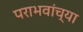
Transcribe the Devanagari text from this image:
पराभवांच्या